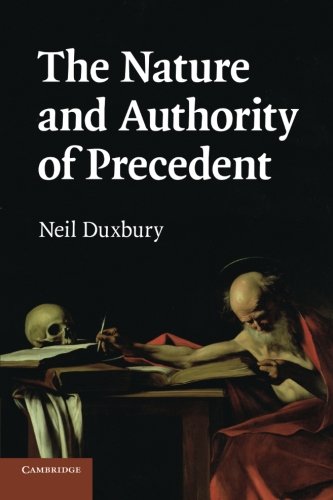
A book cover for The Nature and Authority of Precedent; Neil Duxbury; Law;